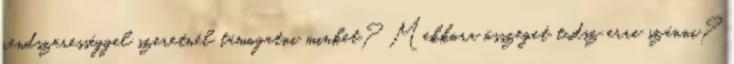
rendszerességgel szeretnél támogatni minket? Mekkora összeget tudsz erre szánni?